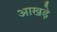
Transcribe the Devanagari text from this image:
आखड़े